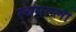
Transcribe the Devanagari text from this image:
रचमल्ला